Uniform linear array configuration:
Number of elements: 48
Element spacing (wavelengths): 0.25
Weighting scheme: uniform
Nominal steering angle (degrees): -15
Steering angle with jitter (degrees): -15.093
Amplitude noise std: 0.05
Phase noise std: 0.05

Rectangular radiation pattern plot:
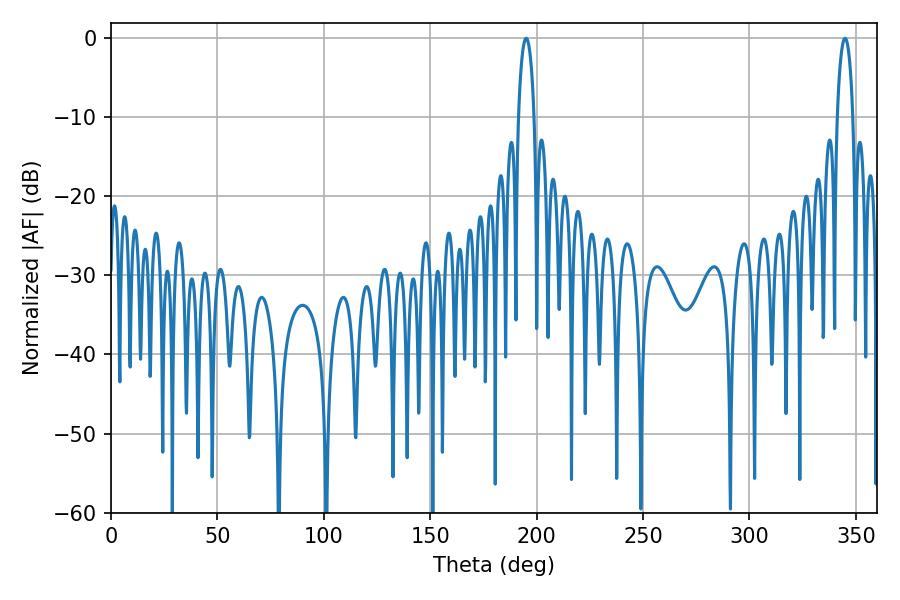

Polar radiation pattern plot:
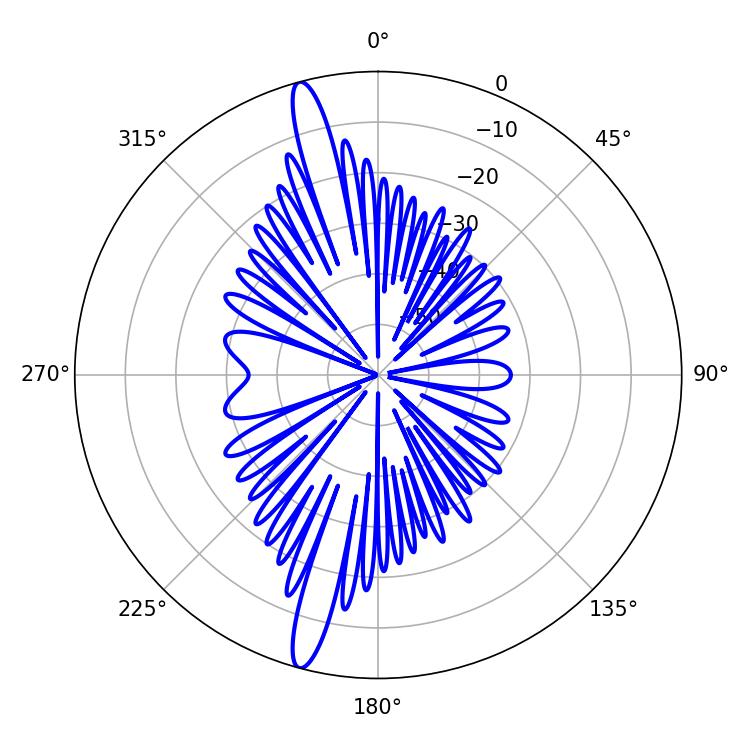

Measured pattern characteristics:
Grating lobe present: FALSE
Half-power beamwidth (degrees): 4.14
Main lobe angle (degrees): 195.12